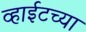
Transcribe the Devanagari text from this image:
व्हाईटच्या